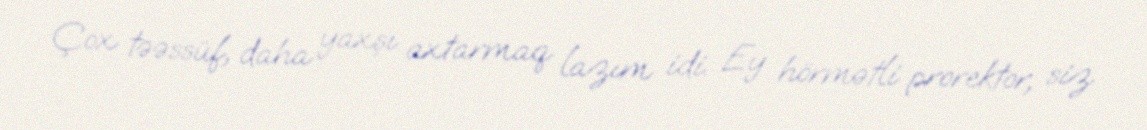
Çox təəssüf, daha yaxşı axtarmaq lazım idi. Ey hörmətli prorektor, siz